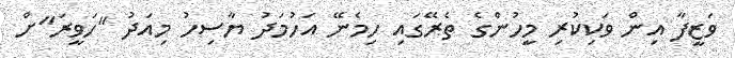
ވަޒީފާ އިން ވަކިކުރި މީހުންގެ ތެރޭގައި ހިމެނޭ އަހުމަދު ޔާސިހު މިއަދު "ހަވީރަ"ށް